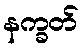
နက္ခတ်